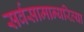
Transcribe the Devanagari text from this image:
सर्वसामान्यरित्या